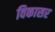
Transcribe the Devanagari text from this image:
विकासर